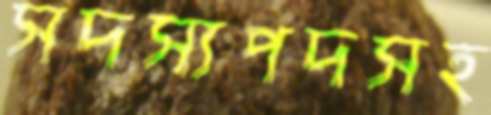
সদস্যপদসহ